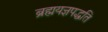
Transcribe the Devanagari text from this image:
ब्रह्मयज्ञपद्धति